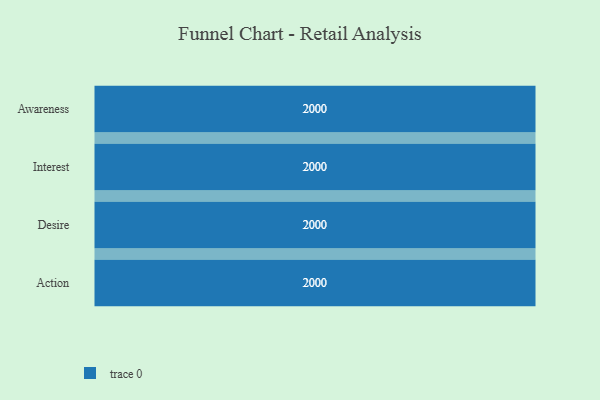
{"axis": {"x": "Stage", "y": "Value"}, "legend": [""], "data": [{"x": "Awareness", "y": 2000, "type": ""}, {"x": "Interest", "y": 2000, "type": ""}, {"x": "Desire", "y": 2000, "type": ""}, {"x": "Action", "y": 2000, "type": ""}]}